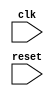
`timescale 1ns / 1ps
//////////////////////////////////////////////////////////////////////////////////
// Company: 
// Engineer: 
// 
// Design Name: 
// Module Name:    top_intr 
// Project Name: 
// Target Devices: 
// Tool versions: 
// Description: 
//
// Dependencies: 
//
// Revision: 
// Revision 0.01 - File Created
// Additional Comments: 
//
//////////////////////////////////////////////////////////////////////////////////
module top_intr(
    input clk,
    input reset
    );

wire[31:0] Out1;
wire[31:0] D_ff_out_wire;
wire[31:0] ins_out_wire;
wire [31:0] reg_dout1_wire;
wire [15:0] Imm_16bit_in_wire;
wire[4:0] RS2_value_wire;
wire [4:0] RS2_value_delayed_wire;
wire [5:0] op_wire;
wire[17:0] opc_decoder_out_wire;
wire[31:0] bra_mod2_out_wire;
wire[31:0] bra_MUX_out_wire;
wire[15:0] D_ff_16bit_out_wire;
wire[31:0] pc_out2_plus_1_wire;
wire out_bit_wire;
wire neg_out_bit;
wire[31:0] Br_J_Out_Addr_wire;
wire[31:0] D_ff_Out2_wire;
wire[17:0] d_ff_bra_j_opcode_out;
wire[25:0] jump_imm_val_wire;
wire[25:0] D_ff_26b_out_wire;
wire[31:0] jump_Mux_out_wire;

		//Program_counter PC_new_ob (.Address(bra_MUX_out_wire), .clk(clk), .Out_Addr1(Out1), .Out_Addr2_plus_1(pc_out2_plus_1_wire)	);
		
		//D_flip_flop D_ff_bra_jump (.data_in(Out1), .clk(clk), .data_out( D_ff_out_wire )	);
		//D_flip_flop D_ff_Out2 (.data_in(pc_out2_plus_1_wire), .clk(clk), .data_out( D_ff_Out2_wire )	);

		
		//Instruction_Mem mem_new (.Addr(Out1), .reset(reset), .clk(clk), .Out_Reg(ins_out_wire));
		//register_file reg_new (.instruction(ins_out_wire), .Data_in(Data_in) ,.WE(WE), .clk(clk), .AddrIn3(AddrIn3), .DOut1(reg_dout1_wire), .DOut2(DOut2) );
		//opc_dec opc_ob (.code_in(ins_out_wire), .code_out(opc_decoder_out_wire));
		
	
		//assign Imm_16bit_in_wire = ins_out_wire[15:0];
		//assign RS2_value_wire = ins_out_wire[20:16];
		//assign jump_imm_val_wire = ins_out_wire[25:0];
		
		//D_FF_16bit Dff_16bit_ob (	.D(Imm_16bit_in_wire), .clk(clk), .Q(D_ff_16bit_out_wire) );
		//D_ff_5 d_5_rs_value (.data_in(RS2_value_wire), .clk(clk), .data_out(RS2_value_delayed_wire));
		//branch_ins_mod2 bra_mod2_ob (.Imm_in(D_ff_16bit_out_wire), .PC_in(D_ff_out_wire), 	.Add_out(bra_mod2_out_wire) );
		//branch_ins_mod1 bra_mod1_ob (.opc_in(opc_decoder_out_wire), .RF_in(reg_dout1_wire), .RS_val(RS2_value_delayed_wire), .out_bit(out_bit_wire)	);
		
		//assign neg_out_wire = ~out_bit_wire;
		
		//D_ff_18 D_FF_bra_j_opcode (.data_in(opc_decoder_out_wire), .clk(clk), .data_out(d_ff_bra_j_opcode_out));

		//Bra_Jump_Adder Br_Jmp_Adder_Ob (	.Op_code_in(opc_decoder_out_wire), 	.bra_out_bit(neg_out_wire), .Address(D_ff_Out2_wire), 	.Out(Br_J_Out_Addr_wire)	);
		
		//D_ff_26bits Dff_26bits_ob (	.D(jump_imm_val_wire), 	.clk(clk), 	.Q(D_ff_26b_out_wire)	);
		//JUMP_Mux Jump_Mux_out (.Pc_in(D_ff_Out2_wire),.Imm_in(D_ff_26b_out_wire), .jump_mux_sel(d_ff_bra_j_opcode_out), 	.jum_mux_out(jump_Mux_out_wire) );
		//Bra_Jump_Adder Br_Jmp_Adder_Ob (	.Op_code_in(d_ff_bra_j_opcode_out),  .Address(jump_Mux_out_wire), 	.Out(Br_J_Out_Addr_wire)	);
		//Branch_MUX bra_MUX_ob (	.in1_PC_plus_Imm(bra_mod2_out_wire), 	.in2_from_Jump_Mux(Br_J_Out_Addr_wire), .in_sel_bit(out_bit_wire), .Out(bra_MUX_out_wire)	);


endmodule